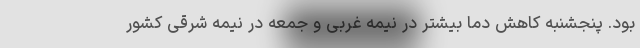
بود. پنجشنبه کاهش دما بیشتر در نیمه غربی و جمعه در نیمه شرقی کشور